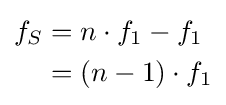
{\begin{aligned}f_{S}&=n\cdot f_{1}-f_{1}\\&=(n-1)\cdot f_{1}\end{aligned}}